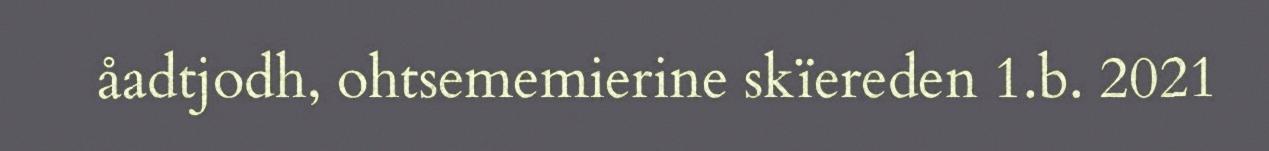
åadtjodh, ohtsememierine skïereden 1.b. 2021